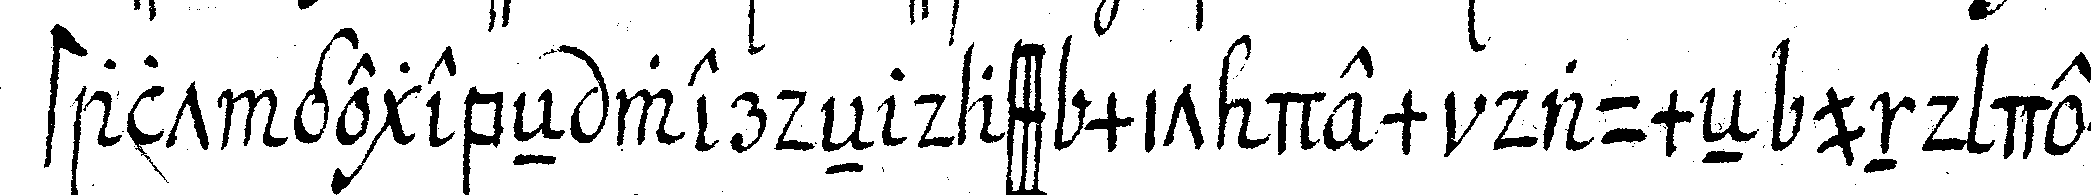
stalt gegebeN werdeN dass mit dem daumeN und dem